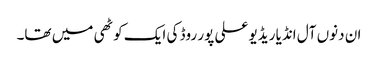
ان دنوں آل انڈیا ریڈیو علی پور روڈ کی ایک کوٹھی میں تھا۔